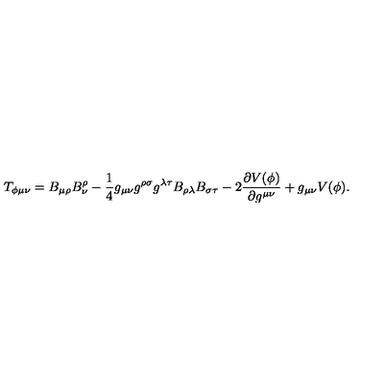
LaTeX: T _ { \phi \mu \nu } = B _ { \mu \rho } B _ { \nu } ^ { \rho } - \frac { 1 } { 4 } g _ { \mu \nu } g ^ { \rho \sigma } g ^ { \lambda \tau } B _ { \rho \lambda } B _ { \sigma \tau } - 2 \frac { \partial V ( \phi ) } { \partial g ^ { \mu \nu } } + g _ { \mu \nu } V ( \phi ) .